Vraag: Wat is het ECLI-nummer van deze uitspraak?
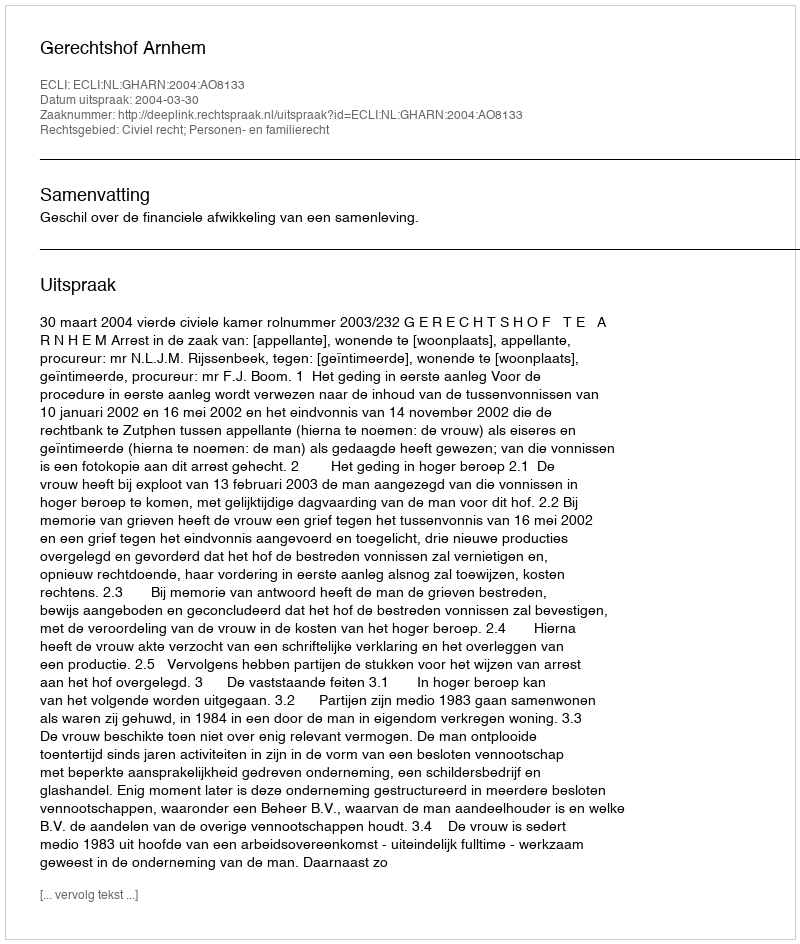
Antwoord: ECLI:NL:GHARN:2004:AO8133